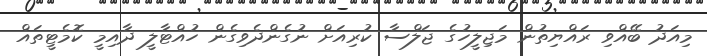
މިއަދު ބޭއްވި ރައްޔިތުން މަޖިލީހުގެ ޖަލްސާ ކުރިއަށް ނުގެންދެވިގެން ހުއްޓާލީ ދާއިމީ ކޮމެޓީތައް